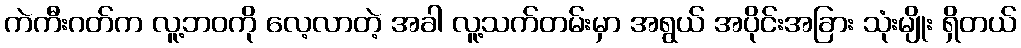
ကဲကီးဂတ်က လူ့ဘဝကို လေ့လာတဲ့ အခါ လူ့သက်တမ်းမှာ အရွယ် အပိုင်းအခြား သုံးမျိုး ရှိတယ်